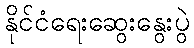
နိုင်ငံရေးဆွေးနွေးပွဲ